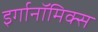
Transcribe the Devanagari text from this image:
इर्गानॉमिक्स